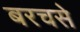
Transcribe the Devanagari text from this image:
बरचसे